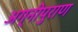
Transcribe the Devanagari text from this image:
अग्नीपुराण